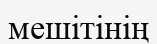
мешітінің